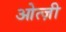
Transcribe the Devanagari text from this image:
ओत्ज़ी